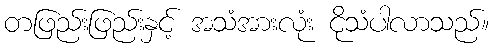
တဖြည်းဖြည်းနှင့် အသံအားလုံး ငိုသံပါလာသည်။